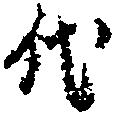
代